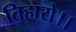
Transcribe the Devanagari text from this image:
तिहारो।।